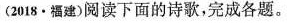
(2018·福建)阅读下面的诗歌，完成各题。